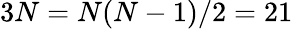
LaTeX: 3N=N(N-1)/2=21